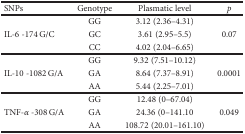
| SNPs | Genotype | Plasmatic level | p |
 | --- | --- | --- | --- |
 | <ROWSPAN=3> IL-6 -174 G/C | GG | 3.12 (2.36–4.31) | <ROWSPAN=3> 0.07 |
 | GC | 3.61 (2.95–5.5) |
 | CC | 4.02 (2.04–6.65) |
 | <ROWSPAN=3> IL-10 -1082 G/A | GG | 9.32 (7.51–10.12) | <ROWSPAN=3> 0.0001 |
 | GA | 8.64 (7.37–8.91) |
 | AA | 5.44 (2.25–7.01) |
 | <ROWSPAN=3> TNF-α -308 G/A | GG | 12.48 (0–67.04) | <ROWSPAN=3> 0.049 |
 | GA | 24.36 (0–141.10 |
 | AA | 108.72 (20.01–161.10) |